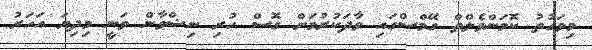
މިވަގުތު ކޮމަންވެލްތް ގޭމްސްގައި ވާދަކުރުމަށް ގޮސް ހުރި ނިޝްވާން ވަނީ މިދިޔަ އަހަރު